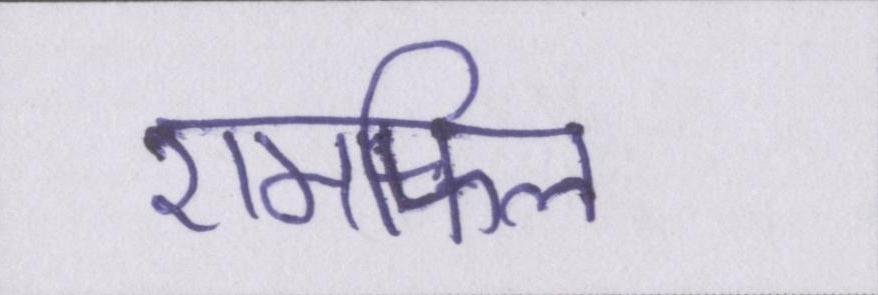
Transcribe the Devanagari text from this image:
एमफिल